Martna_vallavalitsus, lk 24
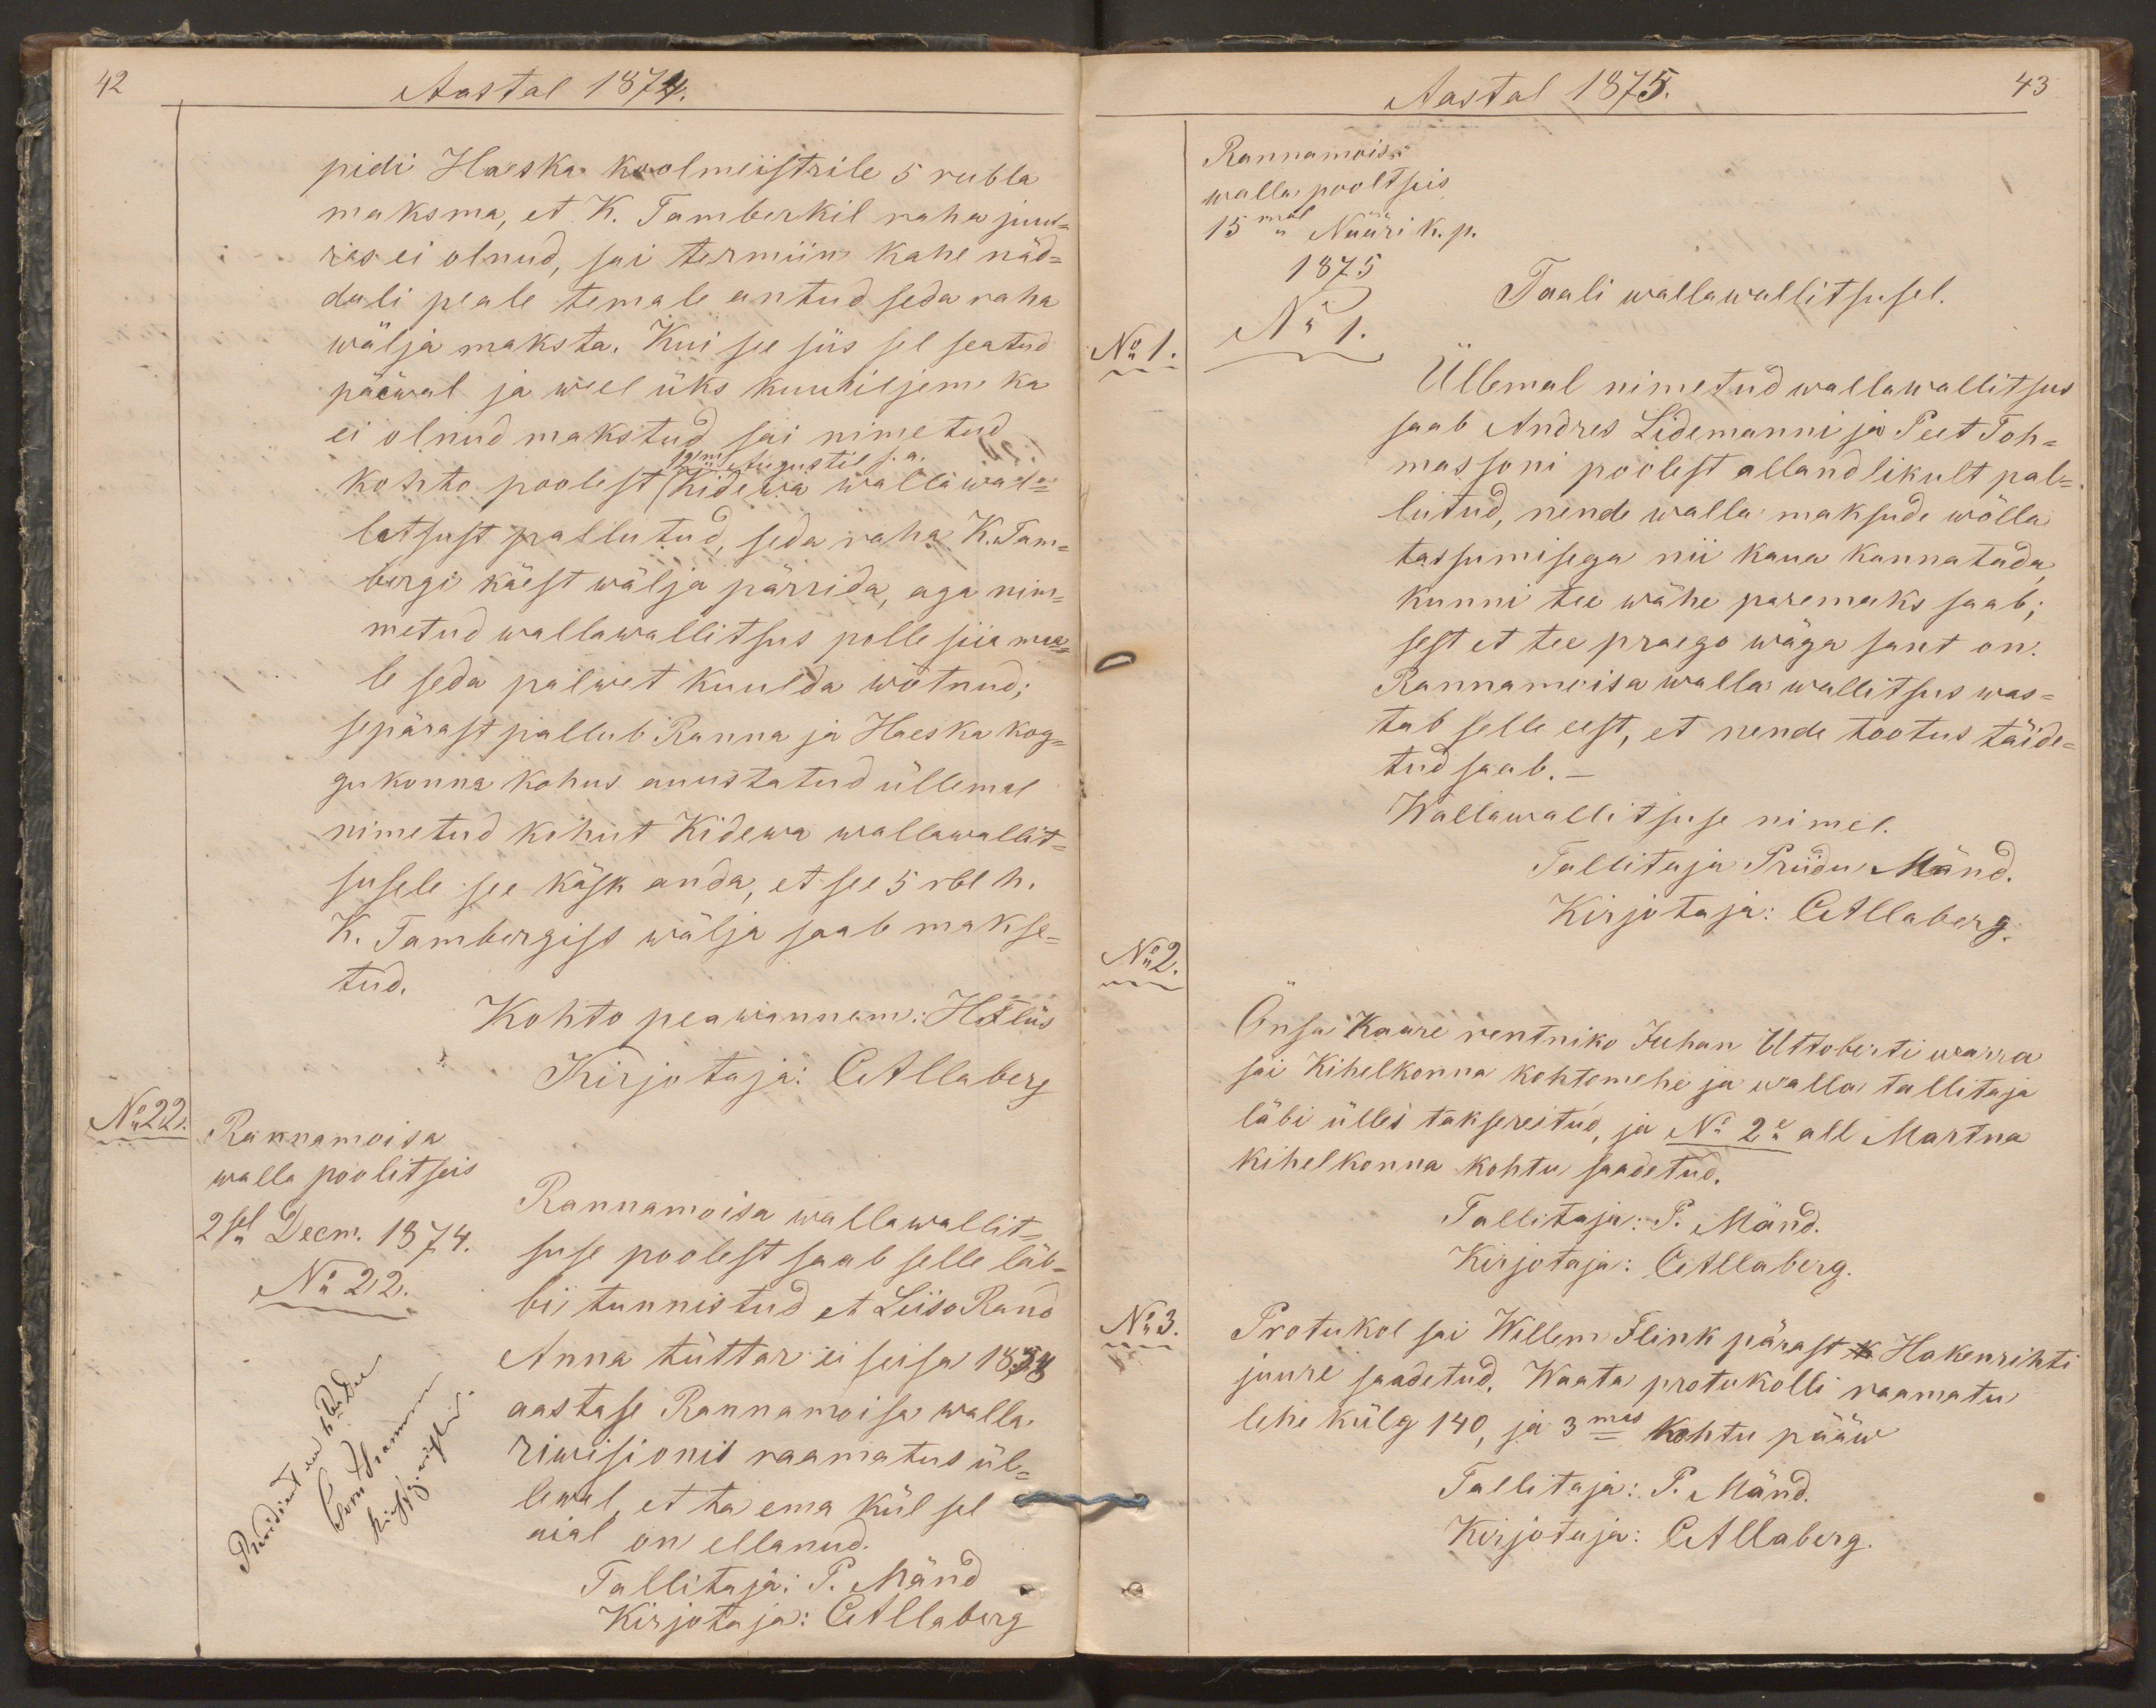
42
Aastal 1874.
pidi Haeska koolmeistrile 5 rubla
maksma, et K. Tamberkil raha juur-
res ei olnud, sai termiin kahe näd-
dali peale temale antud seda raha
wälja maksta. Kui see siis sel seatud
pääwal ja weel üks kuuhiljem ka
ei olnud makstud sai nimetud
19ne Augustil s. a.
kohto poolest Kidewa wallawal-
letsust pallutud, seda raha K. Tam-
bergi käest wälja pärrida, aga nim-
metud wallawallitsus polle siia maa-
le seda palwet kuulda wõtnud;
sepärast pallub Ranna ja Haeska kog-
gukonna kohus auustatud üllemal
nimetud kohut Kidewa wallawallit-
susele see käsk anda, et see 5 rbl h.
K. Tambergist wälja saab makse-
tud.
Kohto peawannem: HFliis
Kirjotaja: CAllaberg
No 22.
Rannamoisa
walla poolitseis
2sel Decm. 1874.
Rannamoisa wallawallit-
suse poolest saab selle läb-
No 22.
bi tunnistud et Liiso Rand
Anna tüttar ei seisa 1856
Revidiert am 6ten Dec
Cvon Stramm
aastase Rannamoisa walla
Kirchsp.richter.
riwisionis raamatus ül-
lewal, et ta ema kül sel
aial on ellanud.
Tallitaja: P. Mänd
Kirjotaja: CAllaberg

Aastal 1875.
43
Rannamoisa
walla pooltseis
15mal Nääri k. p.
1875
Taali wallawallitsusel.
No 1.
No 1.
Üllemal nimetud wallawallitsus
saab Andres Lidemanni ja Peet Toh-
massoni poolest allandlikult pal-
lutud, nende walla maksude wõlla
tassumisega nii kaua kannatada,
kunni tee wähe paremaks saab;
sest et tee praego wäga sant on.
Rannamoisa walla wallitsus was-
tab selle eest, et nende tootus täide-
tud saab. -
Wallawallitsuse nimel.
Tallitaja Priidu Mänd.
Kirjotaja: CAllaberg.
No2.
Õnsa Kaare rentniko Juhan Uttoberti warra
sai Kihelkonna kohtomehe ja walla tallitaja
läbi ülles taksereitud, ja No 2e all Martna
kihelkonna kohtu saadetud.
Tallitaja: P. Mänd.
Kirjotaja: CAllaberg.
No 3.
Protukol sai Willem Flink pärast k Hakenrihti
juure saadetud. Waata protukolli raamatu
lehe külg 140, ja 3mas kohtu pääw
Tallitaja: P. Mänd.
Kirjotaja: CAllaberg